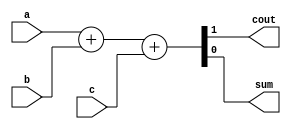
module FA(a, b, c, cout, sum);
	input	a, b, c;
	output cout, sum;

	assign {cout,sum} = a + b + c;
	
endmodule